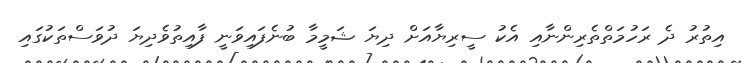
އިތުރު ދެ ރަހުމަތްތެރިންނާއި އެކު ސީރިޔާއަށް ދިޔަ ޝަމީމާ ބުނެފައިވަނީ ފާއިތުވެދިޔަ ދުވަސްތަކުގައި